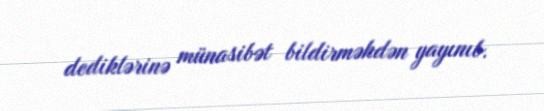
dediklərinə münasibət bildirməkdən yayınıb.